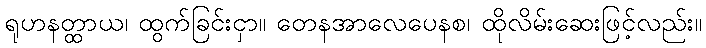
ရုဟနတ္ထာယ၊ ထွက်ခြင်းငှာ။ တေနအာလေပေနစ၊ ထိုလိမ်းဆေးဖြင့်လည်း။